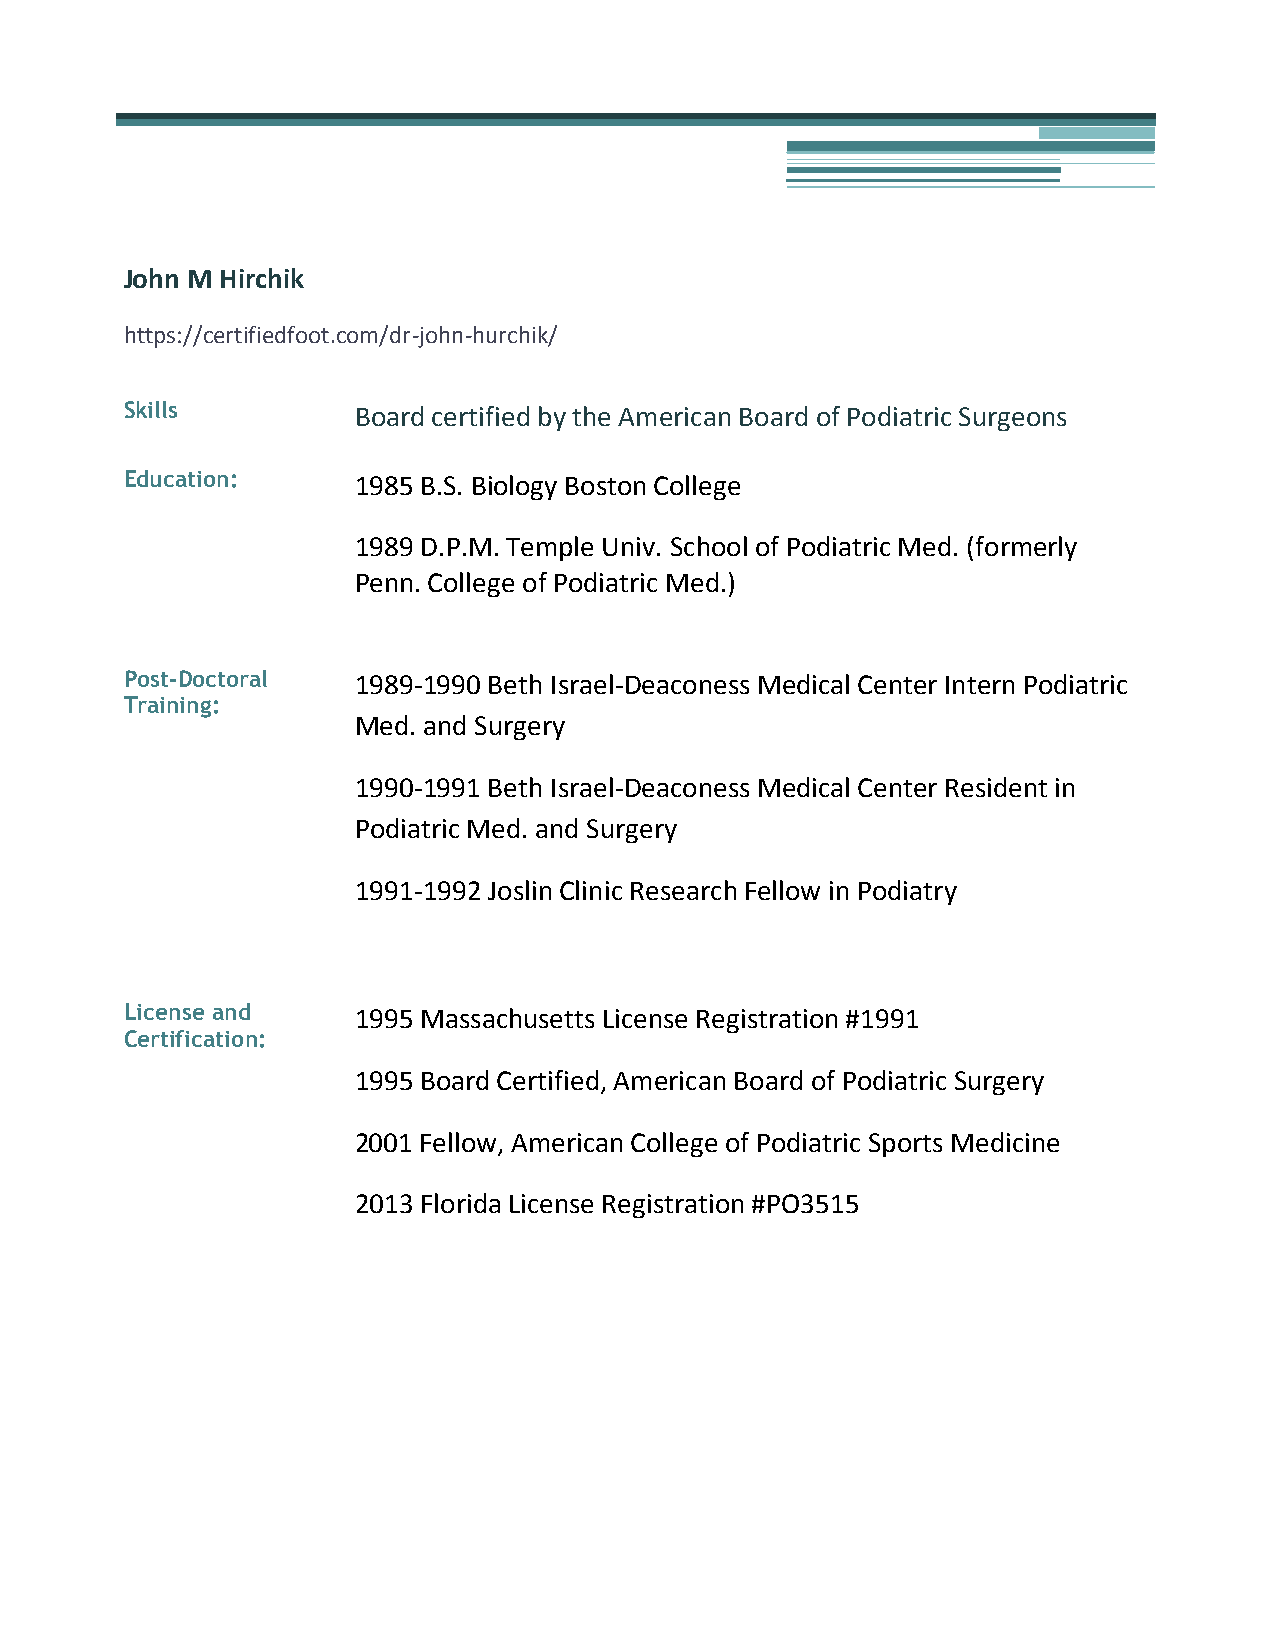
John M Hirchik
 https://certifiedfoot.com/dr-john-hurchik/
 Skills         Board certified by the American Board of Podiatric Surgeons
 Education:     1985 B.S. Biology Boston College
 1989 D.P.M. Temple Univ. School of Podiatric Med. (formerly
 Penn. College of Podiatric Med.)
 Post-Doctoral  1989-1990 Beth Israel-Deaconess Medical Center Intern Podiatric
 Training:
 Med. and Surgery
 1990-1991 Beth Israel-Deaconess Medical Center Resident in
 Podiatric Med. and Surgery
 1991-1992 Joslin Clinic Research Fellow in Podiatry
 License and    1995 Massachusetts License Registration #1991
 Certification:
 1995 Board Certified, American Board of Podiatric Surgery
 2001 Fellow, American College of Podiatric Sports Medicine
 2013 Florida License Registration #PO3515